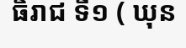
ធិរាជ ទី១ ( ឃុន